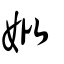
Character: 妣